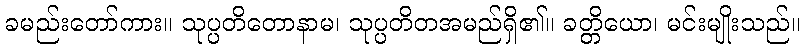
ခမည်းတော်ကား။ သုပ္ပတိတောနာမ၊ သုပ္ပတိတအမည်ရှိ၏။ ခတ္တိယော၊ မင်းမျိုးသည်။